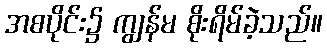
အစပိုင်း၌ ကျွန်မ စိုးရိမ်ခဲ့သည်။